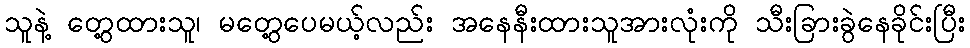
သူနဲ့ တွေ့ထားသူ၊ မတွေ့ပေမယ့်လည်း အနေနီးထားသူအားလုံးကို သီးခြားခွဲနေခိုင်းပြီး